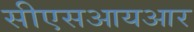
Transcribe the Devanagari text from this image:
सीएसआयआर